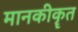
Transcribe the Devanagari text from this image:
मानकीकॄत